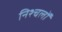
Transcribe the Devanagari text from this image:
निश्चलों